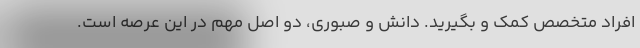
افراد متخصص کمک و بگیرید. دانش و صبوری، دو اصل مهم در این عرصه است.